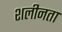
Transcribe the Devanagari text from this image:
शलीनता